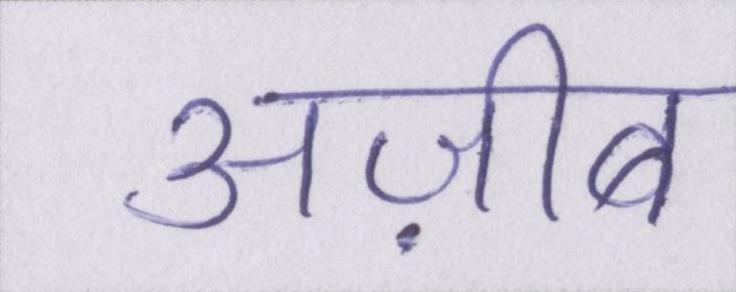
अज़ीब